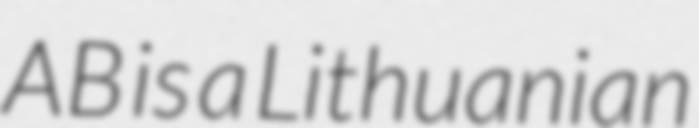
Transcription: AB is a Lithuanian